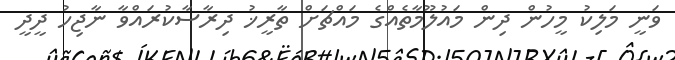
ވަނީ މަލިކު މީހުން ދިން މައުލޫމާތެއްގެ މައްޗަށް ތާރީޚު ދިރާސާކުރައްވާ ނާޖިހު ދީދީ